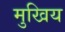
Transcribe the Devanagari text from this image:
मुखिय